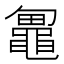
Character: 𱋼